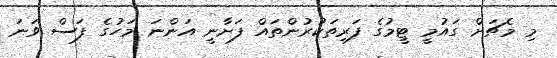
މި މެޗަށް ގައުމީ ޓީމުގެ ފަރިތަކުރުންތައް ފަށާނީ އަންނަ މަހުގެ ފަސް ވަނަ